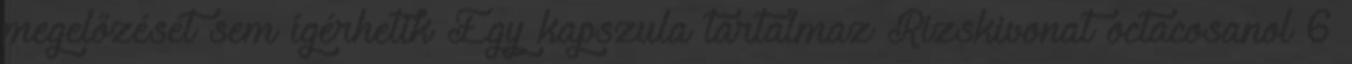
megelőzését sem ígérhetik Egy kapszula tartalmaz Rizskivonat octacosanol 6